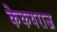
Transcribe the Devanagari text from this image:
केकयराज